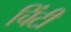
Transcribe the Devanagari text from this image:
चिंटी